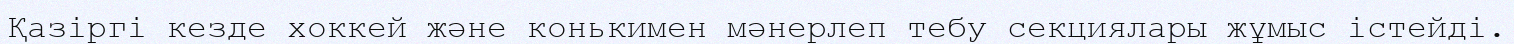
Қазіргі кезде хоккей және конькимен мәнерлеп тебу секциялары жұмыс істейді.